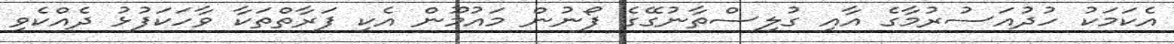
އެކަމަކު ހުދުއަސުރުމާގެ އާއި ގުލިސްތާނުގޭގެ ފޯނުން މައުމޫން އެކި ފަރާތްތަކާ ވާހަކަފުޅު ދެއްކެވި